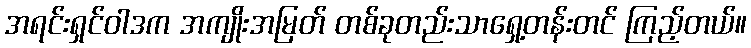
အရင်းရှင်ဝါဒက အကျိုးအမြတ် တစ်ခုတည်းသာရှေ့တန်းတင် ကြည့်တယ်။